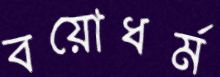
বয়োধর্ম